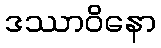
ဒဿာဝိနော